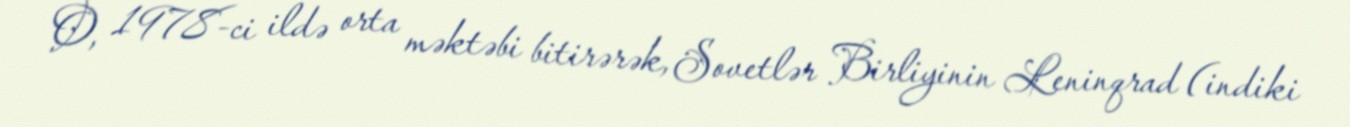
O, 1978-ci ildə orta məktəbi bitirərək, Sovetlər Birliyinin Leninqrad (indiki